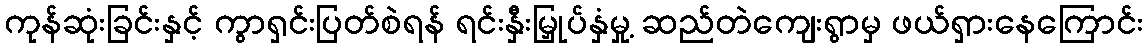
ကုန်ဆုံးခြင်းနှင့် ကွာရှင်းပြတ်စဲရန် ရင်းနှီးမြှုပ်နှံမှု့ ဆည်တဲကျေးရွာမှ ဖယ်ရှားနေကြောင်း